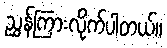
ညွှန်ကြားလိုက်ပါတယ်။